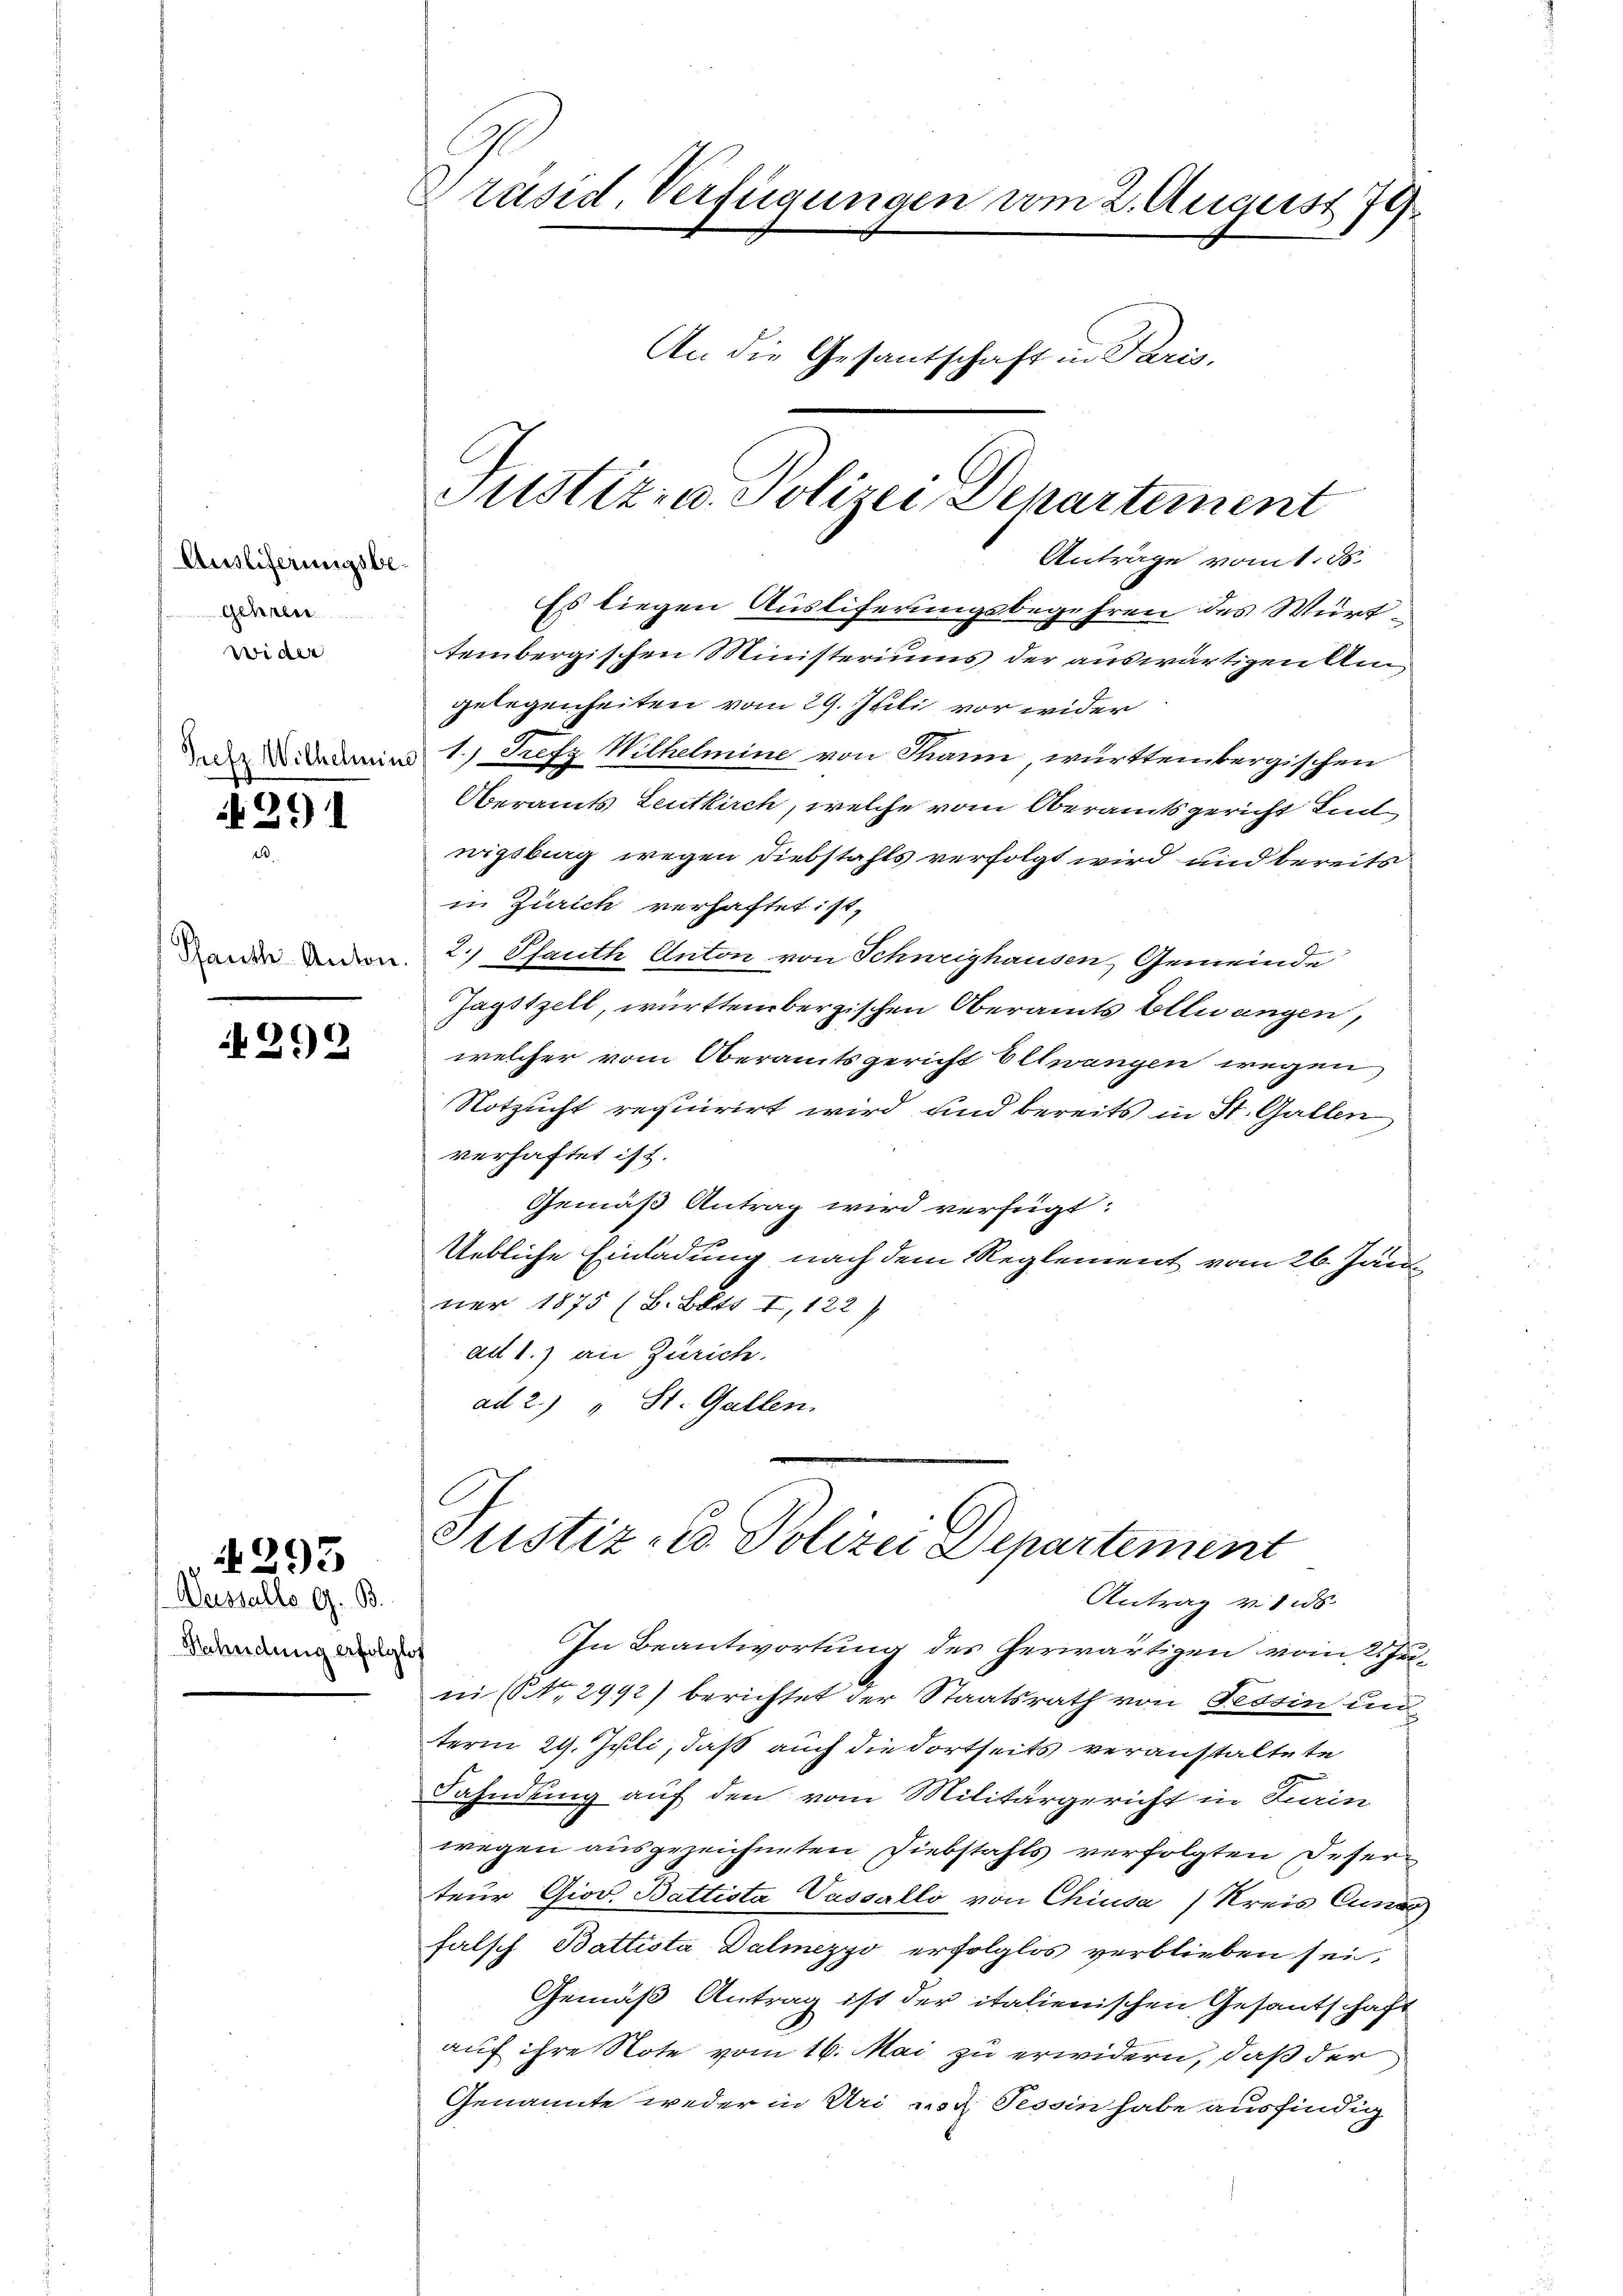
Auslieferungsbegehren
Wider

Such

if. 391

Panth Anton

292

293

Dessalle G. B.
Nahndung erfolglos

Präsid. Verfügungen vom 2. August 74

An die Gesantschaft in Paris.

Justiz- u. Polizei Departement

Anträge vom 1. 86.
Es liegen Ausliferungsbegehren des Württembergischen Ministeriums der auswärtigen Angelegenheiten vom 29. Juli vor wider
1.) Trefz Wilhelmine von Thann württembergischen
Oberamts Leutkirch, welche vom Oberamtsgericht Lit
nigsburg wegen Diebstahls verfolgt wird und bereits
in Zürich verhaftet ist,
2.) Pfauth Anton von Schneighausen, Gemeinde
Jagstzell, württembergischen Oberamts Ellwangen,
welcher vom Oberamtsgericht Ellwangen wegen
Notzucht requirirt wird und bereits in St. Gallen
verhaftet ist.
Gemäß Antrag wird verfügt:
Uebliche Einladung nach dem Reglement vom 26. Jän
ner 1875 (B. Bett I, 122)
ad 1.) an Zürich.
ad 2.) " St. Gallen.

Justiz-Co Polizei Departement
Antrag v. 1 is

In Beantwortung des herwärtigen vom 2. Juni (Nr. 2992) berichtet der Staatsrath von Tessin un
term 29. Juli, daß auch die dortseits veranstaltete
Fahndung auf den vom Militärgericht in Turin
wegen ausgezeichneten Diebstahls verfolgten Deserteur Giov. Battista Vassallo von Chiusa) Kreis Cunar
falsch Battista Dalmezzo erfolglos verblieben sei,
Gemäß Antrag ist der italienischen Gesantschaft
auf ihre Note vom 16. Mai zu erwidern, daß der
Genannte weder in Uri noch Tessin habe ausfindig